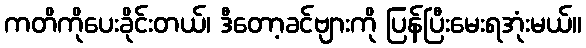
ကတိကိုပေးခိုင်းတယ်၊ ဒီတော့ခင်ဗျားကို ပြန်ပြီးမေးရအုံးမယ်။